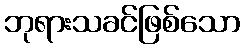
ဘုရားသခင်ဖြစ်သော